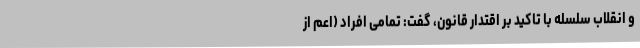
و انقلاب سلسله با تاکید بر اقتدار قانون، گفت: تمامی افراد (اعم از